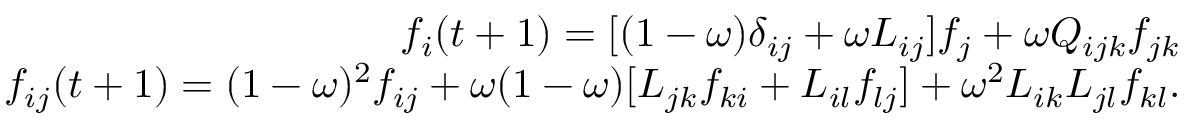
\begin{array} { r } { f _ { i } ( t + 1 ) = [ ( 1 - \omega ) \delta _ { i j } + \omega L _ { i j } ] f _ { j } + \omega Q _ { i j k } f _ { j k } } \\ { f _ { i j } ( t + 1 ) = ( 1 - \omega ) ^ { 2 } f _ { i j } + \omega ( 1 - \omega ) [ L _ { j k } f _ { k i } + L _ { i l } f _ { l j } ] + \omega ^ { 2 } L _ { i k } L _ { j l } f _ { k l } . } \end{array}